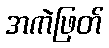
အကဲဖြတ်